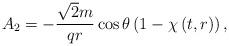
LaTeX: \begin{align*}A_{2}=-\frac{\sqrt{2}m}{q r}\cos\theta \left( 1-\chi \left( t,r\right) \right) ,\end{align*}